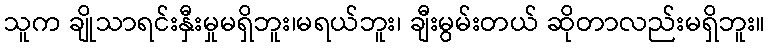
သူက ချိုသာရင်းနှီးမှုမရှိဘူး၊မရယ်ဘူး၊ ချီးမွမ်းတယ် ဆိုတာလည်းမရှိဘူး။